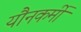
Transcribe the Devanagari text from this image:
यौनकर्मी